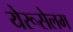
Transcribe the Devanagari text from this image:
येरूसेलम